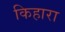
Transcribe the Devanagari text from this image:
किहारा